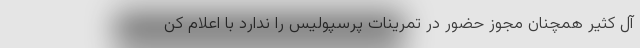
آل کثیر همچنان مجوز حضور در تمرینات پرسپولیس را ندارد با اعلام کن